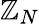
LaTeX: \mathbb{Z}_{N}